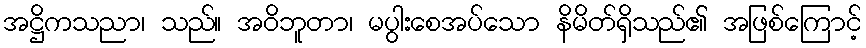
အဋ္ဌိကသညာ၊ သည်။ အဝိဘူတာ၊ မပွါးစေအပ်သော နိမိတ်ရှိသည်၏ အဖြစ်ကြောင့်